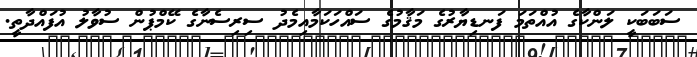
ސަބަބަކީ ލަންކާގެ އުއްތަމަ ފަނޑިޔާރުގެ މަޤާމުގެ ސައްހަކަމާއިމެދު ސިރިސެނާގެ ކޭމްޕުން ސުވާލު އުފައްދާތީ.